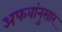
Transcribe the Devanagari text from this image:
अफवांनुसार